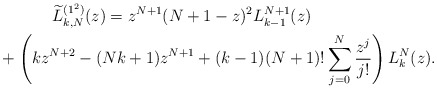
\begin{gather*} \widetilde{L}_{k,N}^{( 1^{2}) }(z) = z^{N+1}( N+1-z) ^{2}L_{k-1}^{N+1}(z) \\\hphantom{\widetilde{L}_{k,N}^{( 1^{2}) }(z) =}{}+\left( kz^{N+2}- ( Nk+1 ) z^{N+1}+ ( k-1 )(N+1)!\sum_{j=0}^{N}\frac{z^{j}}{j!}\right) L_{k}^{N}(z) .\end{gather*}